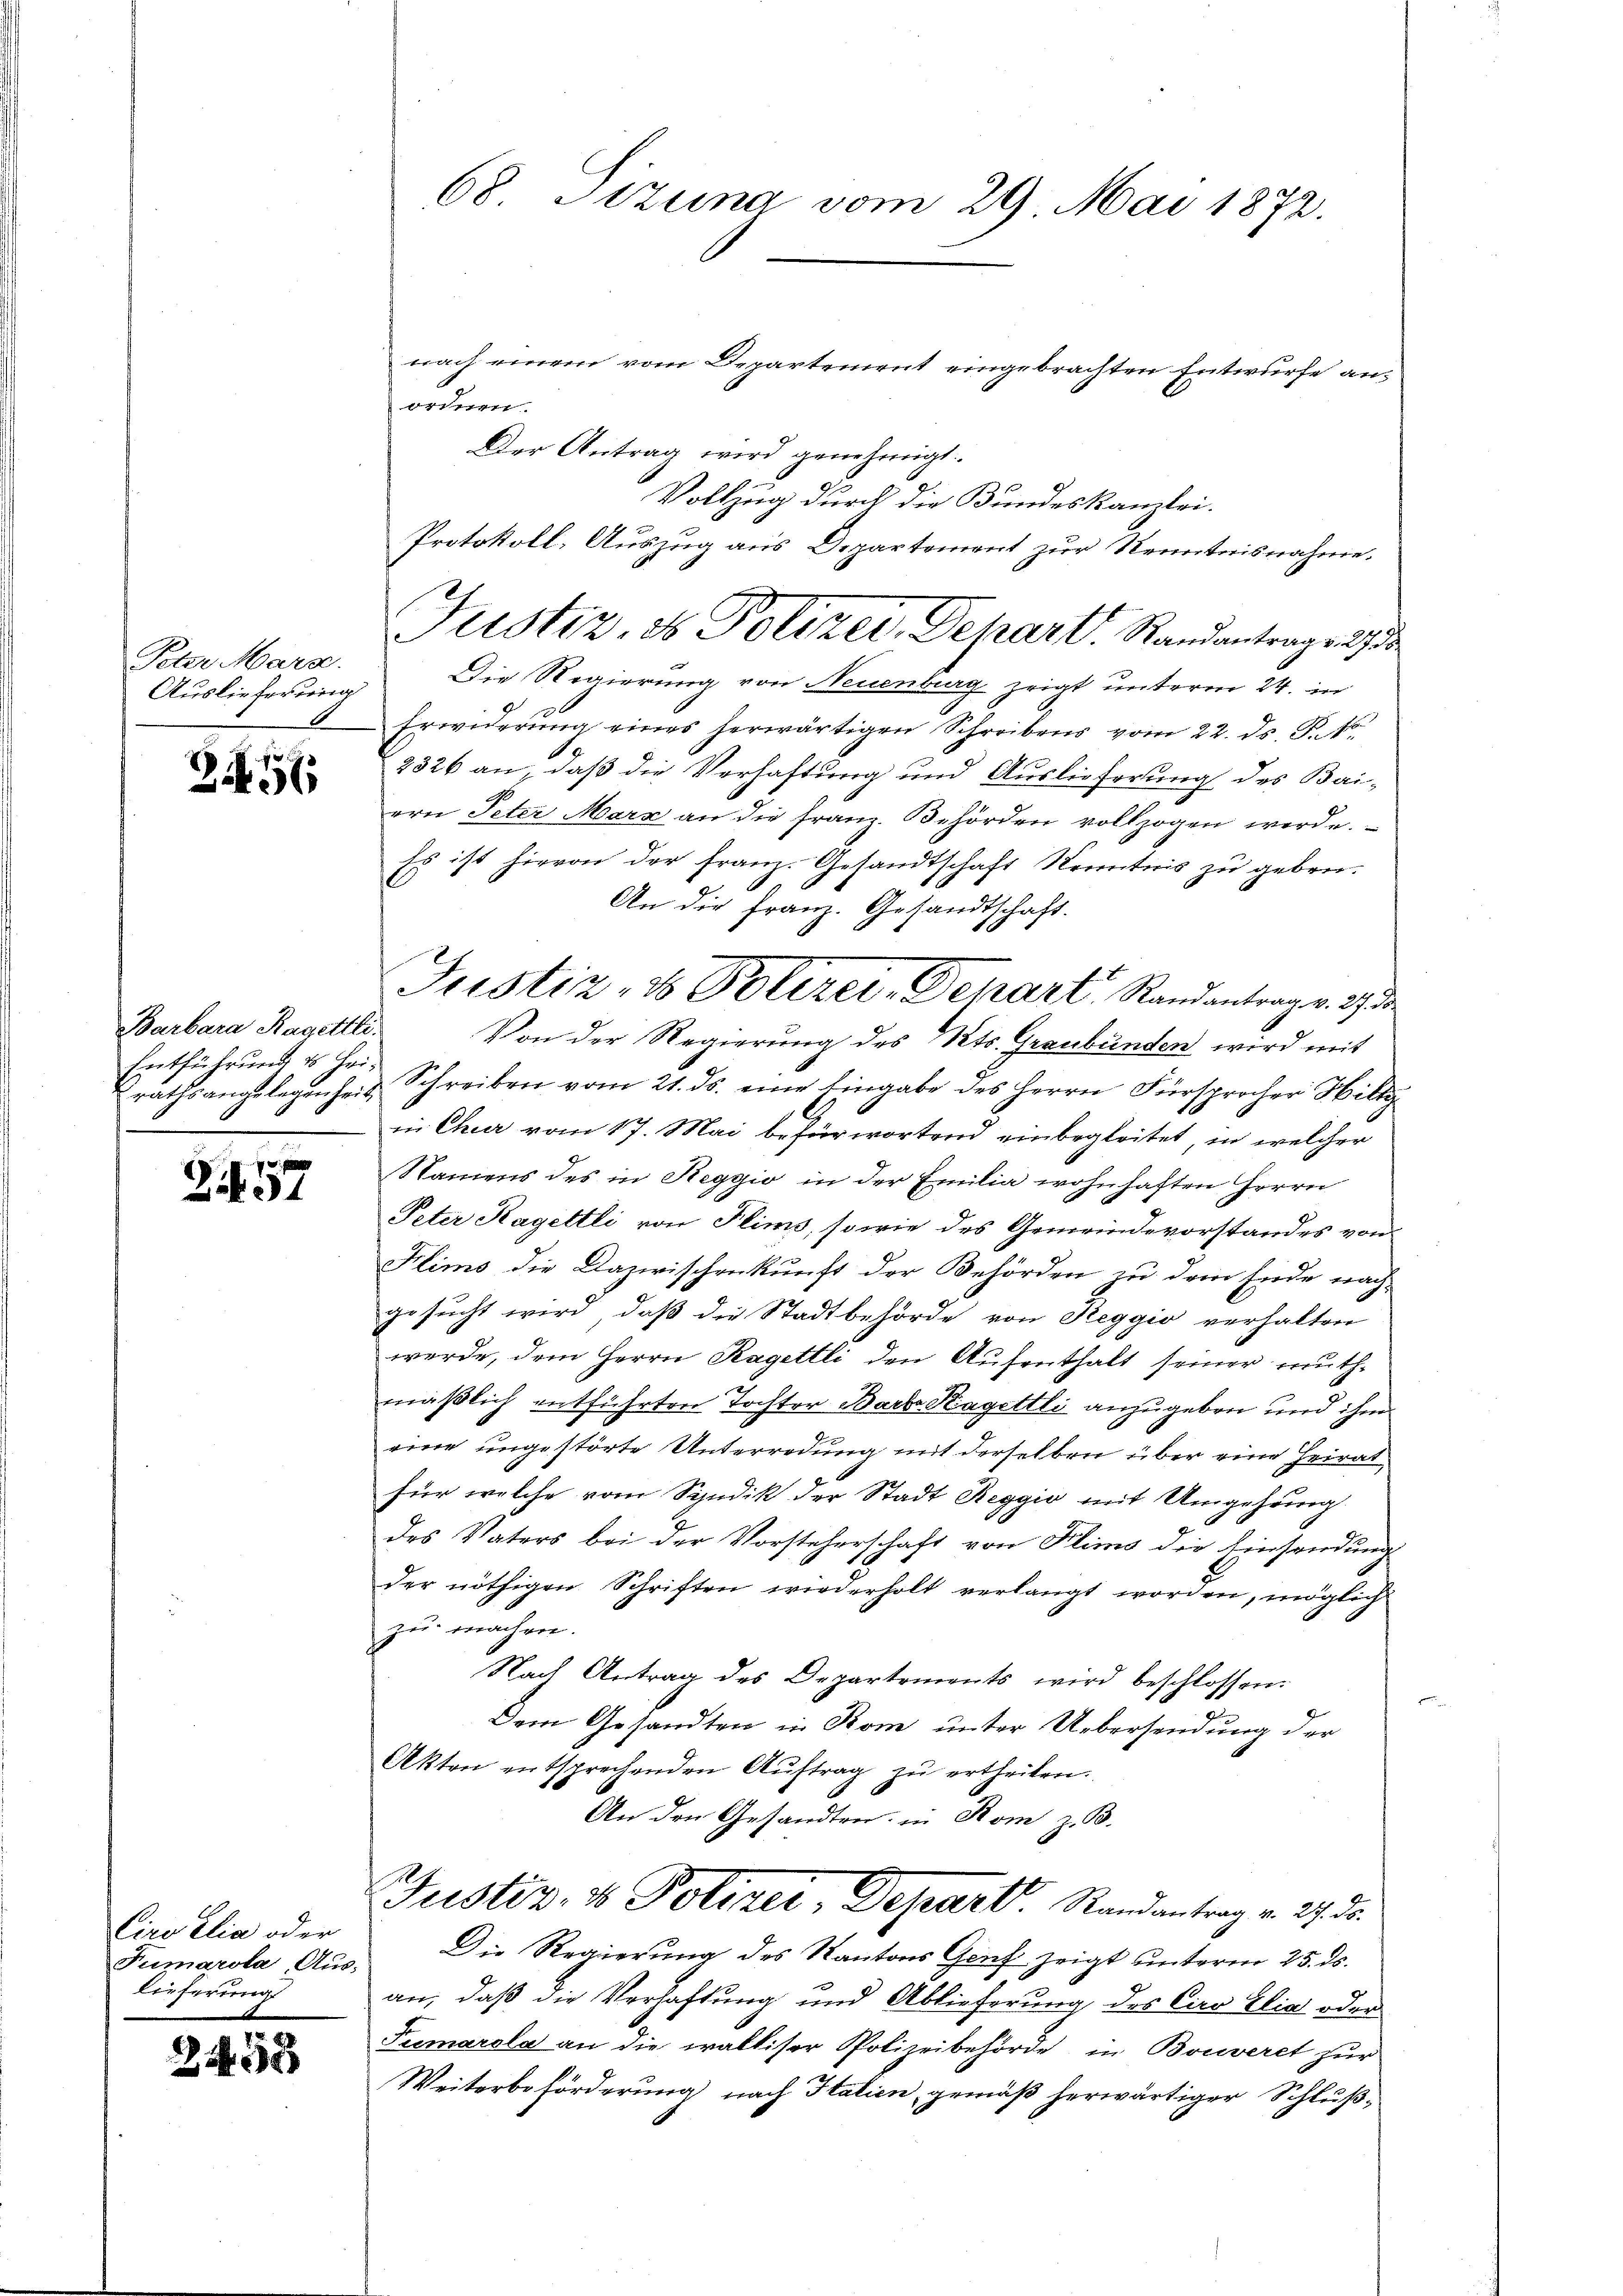
Peter Mara
Auslieferung
1

2

246

Barbara Ragettli.
Entführung es Hei¬

Zif. 31

Ciwelia oder
Fumarola, Aus¬
Lieferung

453

68. Sizung vom 29. Mai 1872.

nach einem vom Departement eingebrachten Entwurfe anordnen.
Der Antrag wird genehmigt.
Vollzug durch die Bundeskanzlei.
Protokoll, Auszug aus Departement zur Renntnisnahme.
Die Regierung von Neuenburg zeigt unterm 24. in
Erwiderŭng eines herwärtigen Schreibens vom 22. ds. S. 10.
2326 an, daß die Verhaftung und Auslieferung des Bai-
ern Peter Mars an die Franz. Behörden vollzogen werde.
Es ist hievon der Franz. Gesandtschaft Kenntnis zu geben.
An die Franz. Gesandtschaft.
Von der Regierung des Kts. Graubünden wird mit
rathsangelegenheit Schreiben vom 21. ds. eine Eingabe des Herrn Fürsprocher Hilty
in Cheer vom 17. Mai befürwortend einbegleitet, in welcher
Namens des in Reggio in der Emilia wohnhaften Herrn
Peter Hageltli von Flims, sowie des Gemeindevorstandes von
Flimo die Dazwischenkunft der Behörden zu dem Ende nach-
gesucht wird, daß die Stadtbehörde von Reggio verhaltene
werde, dem Herrn Ragettli den Aufenthalt seiner muthmäßlich entführten Tochter Barb. Kageltli anzugeben und ihm
eine ungestörte Unterredung mit derselben über eine Heirat
für welche vom Syndik der Stadt Reggio mit Umgehung
des Vaters bei der Vorsteherschaft von Flims die Einsendung
der nöthigen Schriften wiederholt verlangt worden, möglich
zu machen.
Nach Antrag des Departements wird beschlossen:
Dem Gesandten in Kom unter Uebersendung der
Akton entsprechenden Aŭftrag zŭ ertheilen.
An den Gesandten in Rom z. B.
Justiz- & Polizer, Depart. Randantrag v. 27. ds.
Die Regierung des Kantons Genf zeigt unterm 25. ds.
an, daß die Verhaftung und Ablieferung des Ciro Elia oder
Premarola an die walliser Polizeibehörde in Bouveret zur
Weiterbeförderung nach Italien, gemäß herwärtiger Schluß¬

Justiz & Polizer, Dehart. Randantrage

Justiz- & Polizei-Depart Randantrag v. 27.